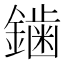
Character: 𮣁